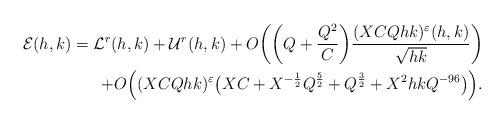
LaTeX: \begin{align*}\mathcal{E}(h,k) = \mathcal{L}^r(h,k) + \mathcal{U}^r(h,k) + O \bigg( \bigg( Q + \frac{Q^2}{C}\bigg) \frac{(XCQhk)^{\varepsilon}(h,k)}{\sqrt{hk}} \bigg) \\+O\Big((XCQhk)^{\varepsilon} \big( XC+ X^{-\frac{1}{2}} Q^{\frac{5}{2}} + Q^{\frac{3}{2}} +X^2hk Q^{-96} \big) \Big).\end{align*}